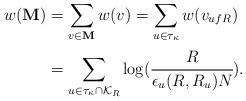
LaTeX: \begin{align*}w(\mathbf{M}) &= \sum_{v\in \mathbf{M}} w(v) = \sum_{u \in \tau_{\kappa}} w(v_{ufR}) \\&= \sum_{u \in \tau_{\kappa} \cap \mathcal{K}_R} \log (\cfrac{R}{\epsilon_u(R,R_u)N}) .\end{align*}